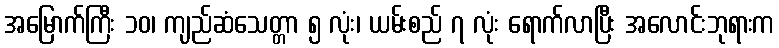
အမြောက်ကြီး ၁၀၊ ကျည်ဆံသေတ္တာ ၅ လုံး၊ ယမ်းစည် ၇ လုံး ရောက်လာပြီး အလောင်းဘုရားက